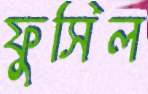
ফুসিল